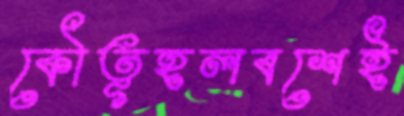
কৌতূহলবশেই